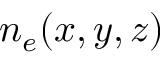
n _ { e } ( x , y , z )